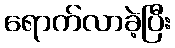
ရောက်လာခဲ့ပြီး